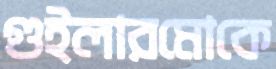
গুইলারমোকে